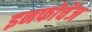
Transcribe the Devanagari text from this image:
इनफोचेंज